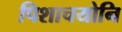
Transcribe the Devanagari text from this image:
पिशाचयोनि